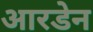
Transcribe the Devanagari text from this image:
आरडेन